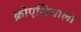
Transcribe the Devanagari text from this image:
क्रोएशियाला